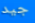
جيد